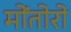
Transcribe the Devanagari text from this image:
मोंतोरो